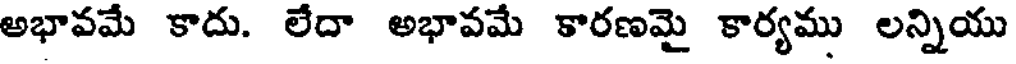
అభావమే కాదు. లేదా అభావమే కారణమై కార్యము లన్నియు